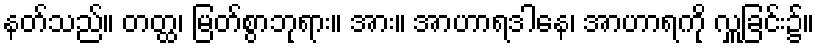
နတ်သည်။ တတ္ထ၊ မြတ်စွာဘုရား။ အား။ အာဟာရဒါနေ၊ အာဟာရကို လှူခြင်း၌။